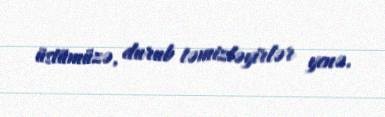
üstümüzə, durub təmizləyirlər yenə.